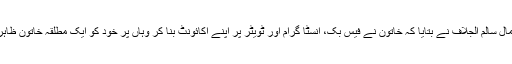
دْبئی پولیس کے کریمنل انویسٹی گیشن ڈیپارٹمنٹ کے ڈائریکٹر بریگیڈیر جمال سالم الجلاف نے بتایا کہ خاتون نے فیس بْک، انسٹا گرام اور ٹویٹر پر اپنے اکائونٹ بنا کر وہاں پر خود کو ایک مطلقہ خاتون ظاہر کر کے اپنے بچوں کے نام پر لوگوں سے پیسے مانگنے شروع کر دیئے۔